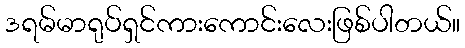
ဒရမ်မာရုပ်ရှင်ကားကောင်းလေးဖြစ်ပါတယ်။